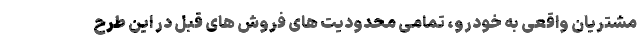
مشتریان واقعی به خودرو، تمامی محدودیت های فروش های قبل در این طرح